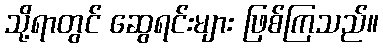
သို့ရာတွင် ဆွေရင်းများ ဖြစ်ကြသည်။